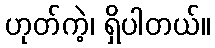
ဟုတ်ကဲ့၊ ရှိပါတယ်။